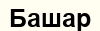
Башар